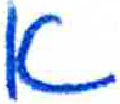
אות: א